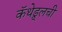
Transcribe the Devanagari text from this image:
कॅथेड्र्लची